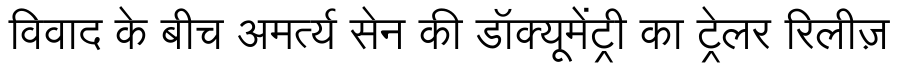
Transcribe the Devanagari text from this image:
विवाद के बीच अमर्त्य सेन की डॉक्यूमेंट्री का ट्रेलर रिलीज़